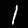
Digit: 1